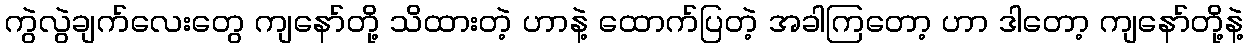
ကွဲလွဲချက်လေးတွေ ကျနော်တို့ သိထားတဲ့ ဟာနဲ့ ထောက်ပြတဲ့ အခါကြတော့ ဟာ ဒါတော့ ကျနော်တို့နဲ့